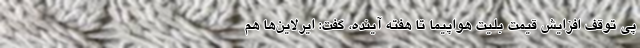
پی توقف افزایش قیمت بلیت هواپیما تا هفته آینده، گفت: ایرلاین‌ها هم